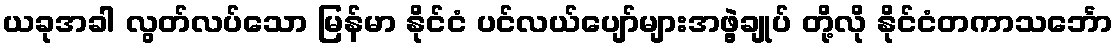
ယခုအခါ လွတ်လပ်သော မြန်မာ နိုင်ငံ ပင်လယ်ပျော်များအဖွဲ့ချုပ် တို့လို နိုင်ငံတကာသင်္ဘော